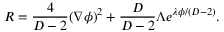
R = \frac { 4 } { D - 2 } ( \nabla \phi ) ^ { 2 } + \frac { D } { D - 2 } \Lambda e ^ { \lambda \phi / ( D - 2 ) } .